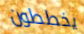
يخططون